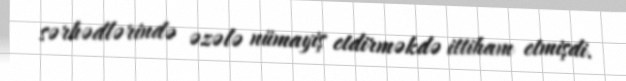
sərhədlərində əzələ nümayiş etdirməkdə ittiham etmişdi.